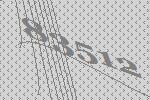
83512